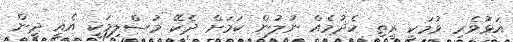
އަޅުވެރި ވުމަކީ ރީތި ހެދުމެއް ނުލުން ކަމަށް ދެކޭ މުސްލިމަކީ އެއީ ދީން